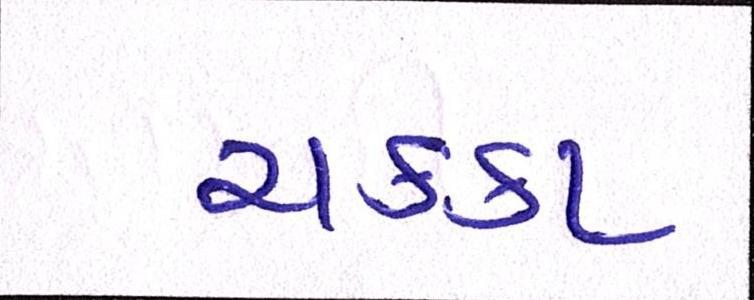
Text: ચક્કા